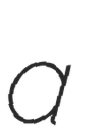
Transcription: a